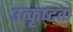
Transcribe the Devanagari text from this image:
उत्कृष्‍टता